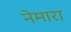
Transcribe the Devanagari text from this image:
नेमारा